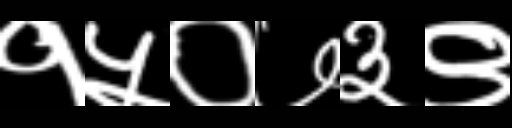
Text: १५०७३९